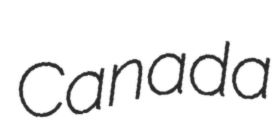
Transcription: Canada